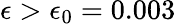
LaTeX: \epsilon>\epsilon_{0}=0.003